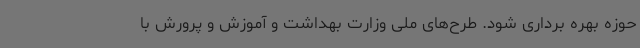
حوزه بهره برداری شود. طرح‌های ملی وزارت بهداشت و آموزش و پرورش با